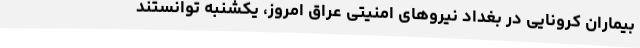
بیماران کرونایی در بغداد نیروهای امنیتی عراق امروز، یکشنبه توانستند